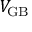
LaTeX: V _ { \mathrm { G B } }